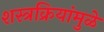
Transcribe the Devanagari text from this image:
शस्त्रक्रियांमुळे